Report on horse surra - Volume II, Part I
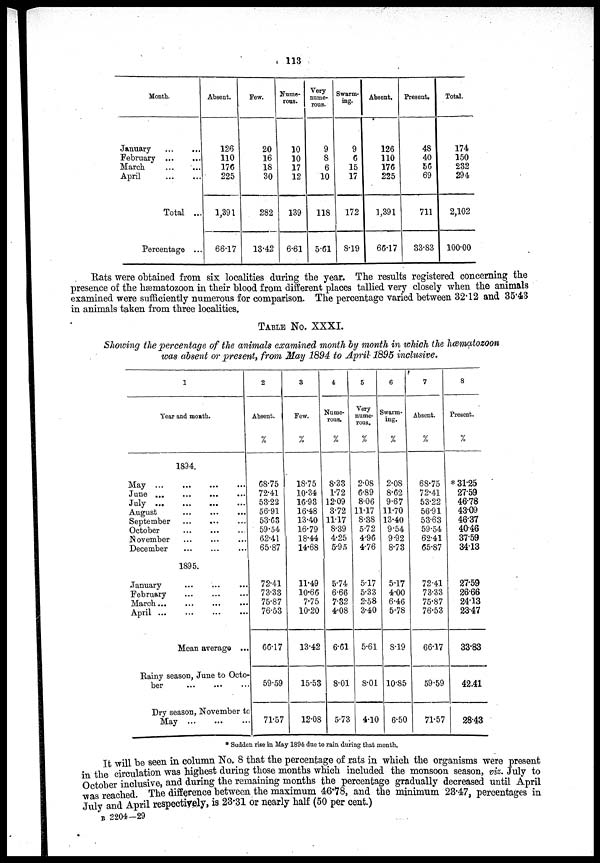
113
Month.
January
February ...
...
March
April
Total ...
Percentage ...
Absent.
126
110
176
225
1,391
66.17
Few.
20
16
18
30
282
13.42
Nume-
rous.
10
10
17
12
139
6.61
Very
nume-
rous.
9
8
6
10
118
5.61
Swarm-
ing.
9
6
15
17
172
8.19
Absent.
126
110
176
225
1,391
66.17
Present.
48
40
56
69
711
33.83
Total.
174
150
232
294
2,102
100.00
Rats were obtained from six localities during the year. The results registered concerning the
presence of the hæmatozoon in their blood from different places tallied very closely when the animals
examined were sufficiently numerous for comparison. The percentage varied between 32.12 and 35.43
in animals taken from three localities.
TABLE No. XXXI.
Showing the percentage of the animals examined month by month in which the hæmatozom
was absent or present, from May 1894 to April 1895 inclusive.
1
Year and month.
1894.
May ...
June ...
July
...
August
September
October
November
December
1895.
January
February
March...
April
Mean average ...
Rainy season, June to Octo-
ber
Dry season, November tc
May
2
Absent.
%
68.75
72.41
53.22
56.91
53.63
59.54
62.41
65.87
72.41
73.33
75.87
76.53
66.17
59.59
.
71.57
3
Few.
%
18.75
10.34
16.93
16.48
13.40
16.79
18.44
14.68
11.49
10.66
7.75
10.20
13.42
15.53
12.08
4
Nume-
rous.
%
8.33
1.72
12.09
3.72
11.17
8.39
4.25
5.95
5.74
6.66
7.32
4.08
6.61
8.01
5.73
5
Very
nume-
rous.
%
2.08
6.89
8.06
11.17
8.38
5.72
4.96
4.76
5.17
5.33
2.58
3.40
5.61
8.01
4.10
6
Swarm-
ing.
%
2.08
8.62
9.67
11.70
13.40
9.54
9.92
8.73
5.17
4.00
6.46
5.78
8.19
10.85
6.50
7
Absent.
%
68.75
72.41
53.22
56.91
53.63
59.54
62.41
65.87
72.41
73.33
75.87
76.53
66.17
59.59
71.57
8
Present.
%
*31.25
27.59
46.78
43.09
46.37
40.46
37.59
34.13
27.59
26.66
24.13
23.47
33.83
42.41
28.43
* Sudden rise in May 1894 due to rain during that month.
It will be seen in column No. 8 that the percentage of rats in which the organisms were present
in the circulation was highest during those months which included the monsoon season, viz. July to
October inclusive, and during the remaining months the percentage gradually decreased until April
was reached. The difference between the maximum 46.78, and the minimum 23.47, percentages in
July and April respectively, is 23.31 or nearly half (50 per cent.)
B 2204—29